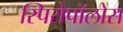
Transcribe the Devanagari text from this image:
स्पिरोपॉलोस